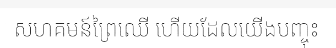
សហគមន៍ព្រៃឈើ ហើយដែលយើងបញ្ចុះ